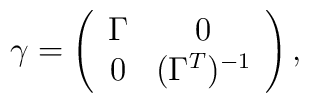
\gamma = \left( \begin{array}{cc}\Gamma & 0 \\0 & (\Gamma^T)^{-1}\end{array} \right),